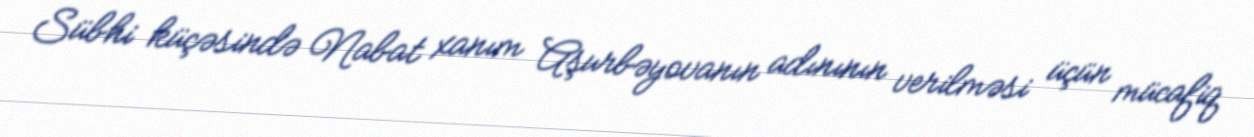
Sübhi küçəsində Nabat xanım Aşurbəyovanın adınının verilməsi üçün mücafiq